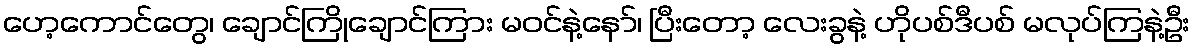
ဟေ့ကောင်တွေ၊ ချောင်ကြိုချောင်ကြား မဝင်နဲ့နော်၊ ပြီးတော့ လေးခွနဲ့ ဟိုပစ်ဒီပစ် မလုပ်ကြနဲ့ဦး